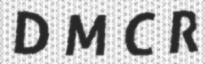
D M C R